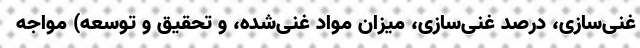
غنی‌سازی، درصد غنی‌سازی، میزان مواد غنی‌شده، و تحقیق و توسعه) مواجه